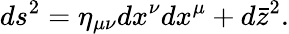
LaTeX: ds^{2}=\eta_{\mu\nu}dx^{\nu}dx^{\mu}+d\bar{z}^{2}.